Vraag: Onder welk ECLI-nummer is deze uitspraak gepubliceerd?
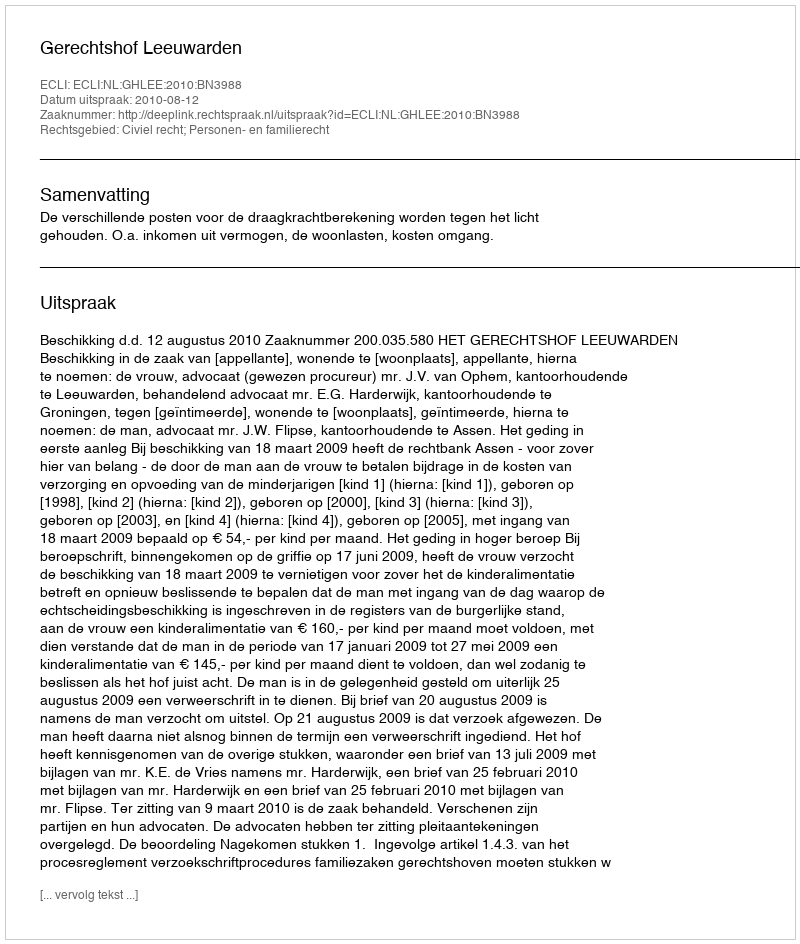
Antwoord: ECLI:NL:GHLEE:2010:BN3988